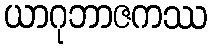
ယာဂုဘာဇကဿ